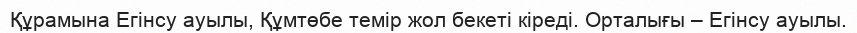
Құрамына Егінсу ауылы, Құмтөбе темір жол бекеті кіреді. Орталығы – Егінсу ауылы.